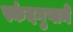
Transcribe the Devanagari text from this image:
स्कंदगुप्तने